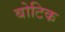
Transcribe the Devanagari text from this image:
बोटिक